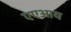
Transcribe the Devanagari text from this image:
एएआय